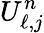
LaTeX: U_{\ell,j}^{n}